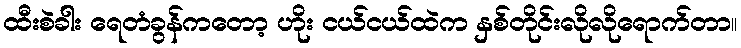
ထီးစဲခါး ရေတံခွန်ကတော့ ဟိုး ငယ်ငယ်ထဲက နှစ်တိုင်းလိုလိုရောက်တာ။